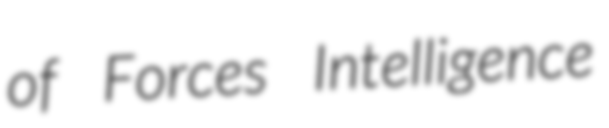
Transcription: of Forces Intelligence